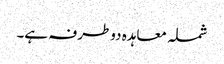
شملہ معاہدہ دوطرفہ ہے۔